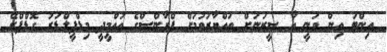
އިންޓަ އިން ވަނީ އާ ސީޒަނަށް ތައްޔާރުވުމަށް ފްރާންސްގެ އުއްމީދީ މިޑްފީލްޑަރު ގޮޑްފްރޭ